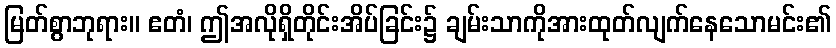
မြတ်စွာဘုရား။ ဧတံ၊ ဤအလိုရှိတိုင်းအိပ်ခြင်း၌ ချမ်းသာကိုအားထုတ်လျက်နေသောမင်း၏